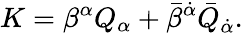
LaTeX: K=\beta^{\alpha}Q_{\alpha}+\bar{\beta}^{\dot{\alpha}}\bar{Q}_{\dot{\alpha}}.